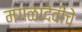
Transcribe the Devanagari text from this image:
मंगळादेवीचे